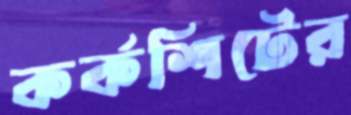
কর্কশিটের